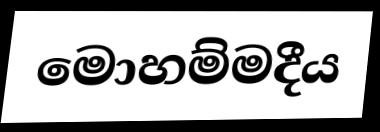
මොහම්මදීය